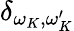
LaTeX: \delta_{\omega_{K},\omega_{K}^{\prime}}